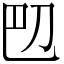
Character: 𫥴